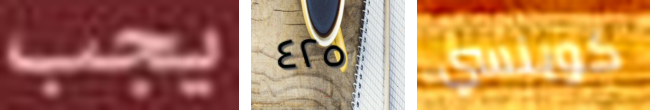
يجب ٤٢٥ كوينسي